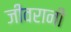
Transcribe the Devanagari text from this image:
जीवरानी